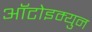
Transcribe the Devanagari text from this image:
आॅटोइम्युन